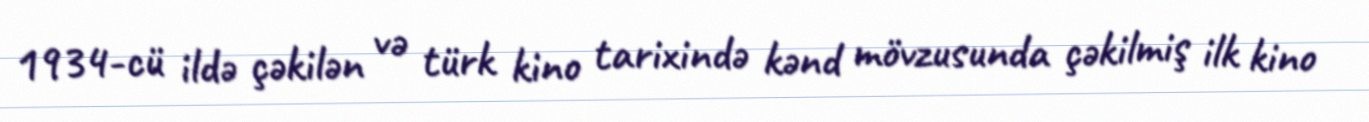
1934-cü ildə çəkilən və türk kino tarixində kənd mövzusunda çəkilmiş ilk kino